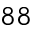
^ { 8 8 }